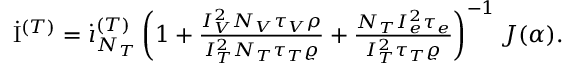
\begin{array} { r } { \dot { \mathrm { I } } ^ { ( T ) } = \dot { \i } _ { N _ { T } } ^ { ( T ) } \left( 1 + \frac { I _ { V } ^ { 2 } N _ { V } \tau _ { V } \rho } { I _ { T } ^ { 2 } N _ { T } \tau _ { T } \varrho } + \frac { N _ { T } I _ { e } ^ { 2 } \tau _ { e } } { I _ { T } ^ { 2 } \tau _ { T } \varrho } \right) ^ { - 1 } J ( \alpha ) . } \end{array}